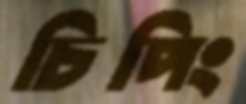
চিপিং